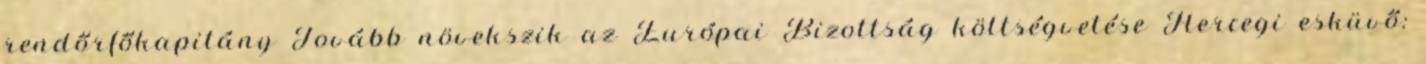
rendőrfőkapitány Tovább növekszik az Európai Bizottság költségvetése Hercegi esküvő: